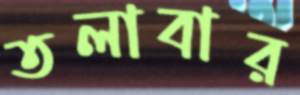
তলাবার